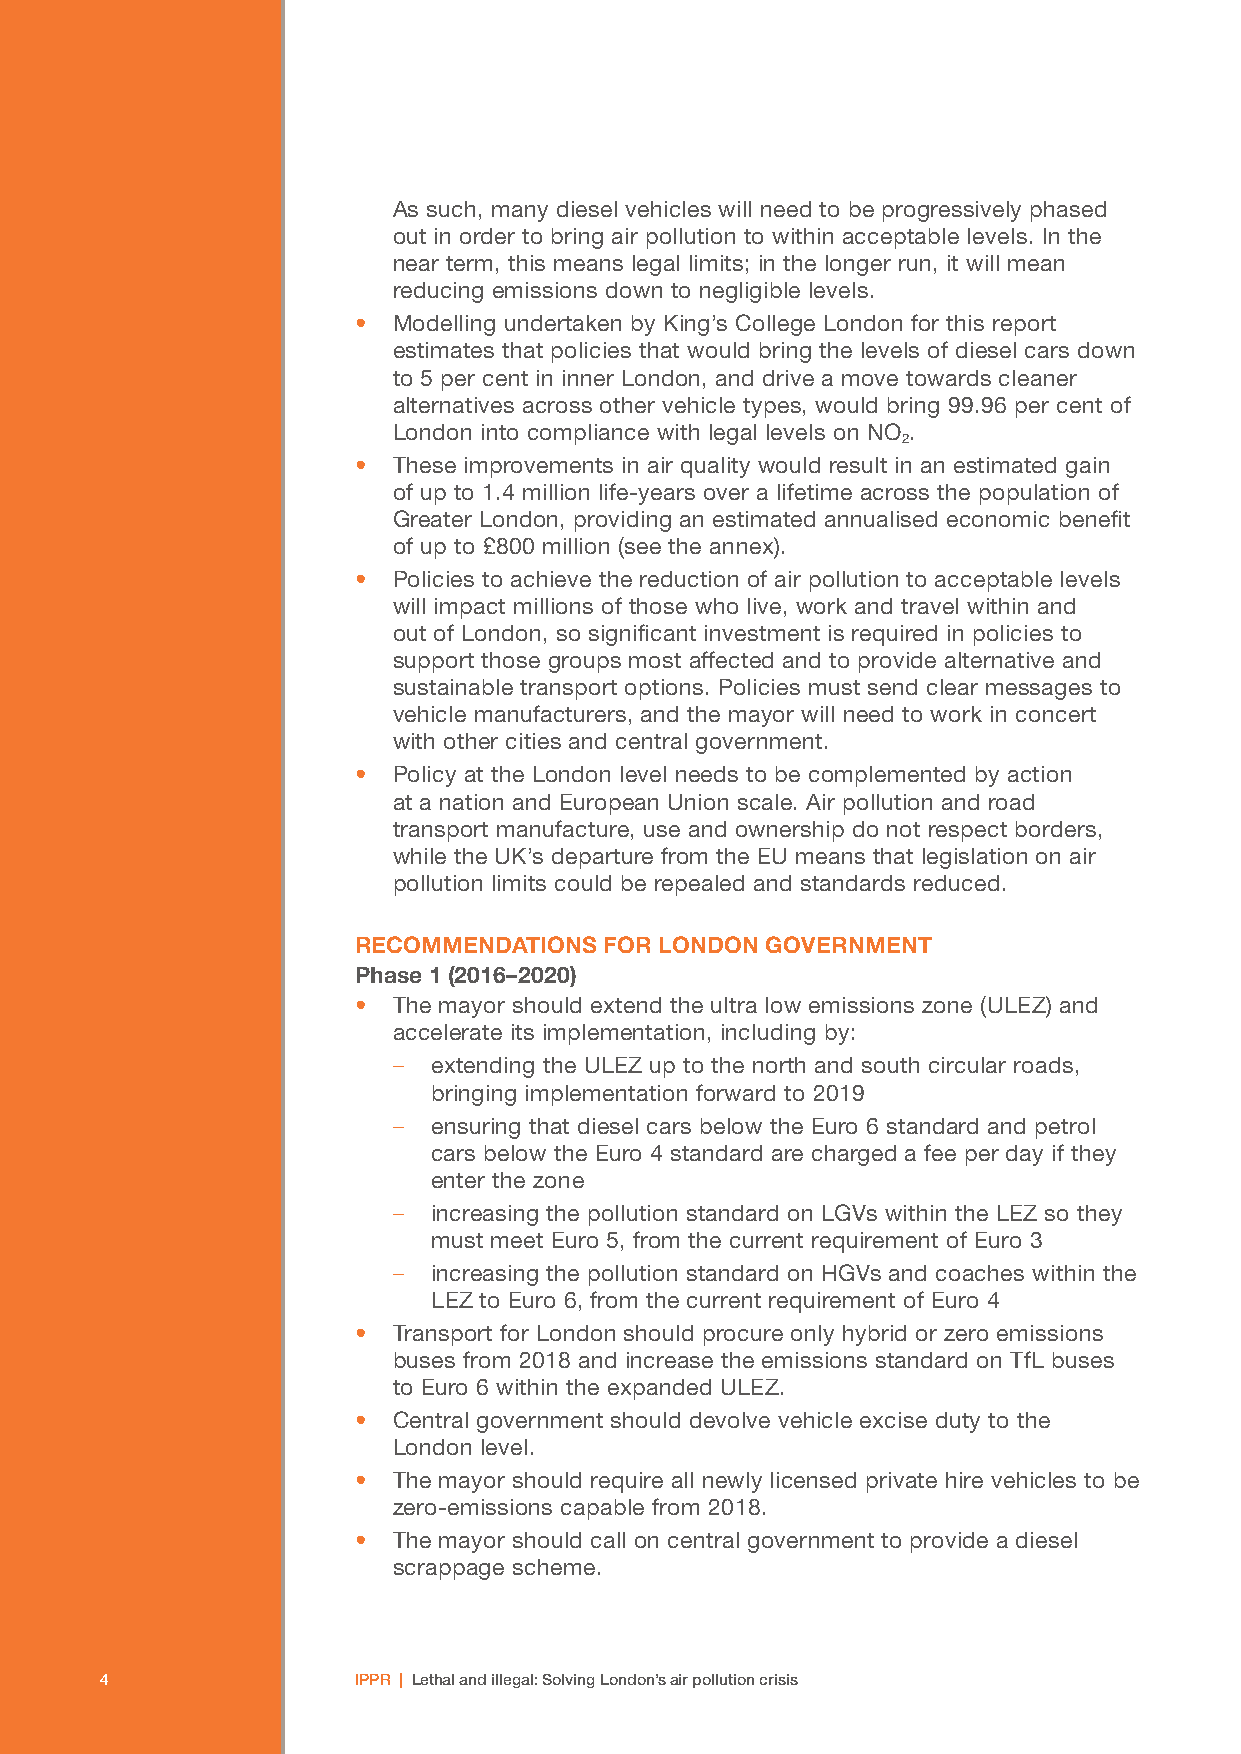
As such, many diesel vehicles will need to be progressively phased
 out in order to bring air pollution to within acceptable levels. In the
 near term, this means legal limits; in the longer run, it will mean
 reducing emissions down to negligible levels.
 •  Modelling undertaken by King’s College London for this report
 estimates that policies that would bring the levels of diesel cars down
 to 5 per cent in inner London, and drive a move towards cleaner
 alternatives across other vehicle types, would bring 99.96 per cent of
 London into compliance with legal levels on NO .
 2
 •  These improvements in air quality would result in an estimated gain
 of up to 1.4 million life-years over a lifetime across the population of
 Greater London, providing an estimated annualised economic benefit
 of up to £800 million (see the annex).
 •  Policies to achieve the reduction of air pollution to acceptable levels
 will impact millions of those who live, work and travel within and
 out of London, so significant investment is required in policies to
 support those groups most affected and to provide alternative and
 sustainable transport options. Policies must send clear messages to
 vehicle manufacturers, and the mayor will need to work in concert
 with other cities and central government.
 •  Policy at the London level needs to be complemented by action
 at a nation and European Union scale. Air pollution and road
 transport manufacture, use and ownership do not respect borders,
 while the UK’s departure from the EU means that legislation on air
 pollution limits could be repealed and standards reduced.
 RECOMMENDATIONS  FOR LONDON GOVERNMENT
 Phase 1 (2016–2020)
 •  The mayor should extend the ultra low emissions zone (ULEZ) and
 accelerate its implementation, including by:
 –  extending the ULEZ up to the north and south circular roads,
 bringing implementation forward to 2019
 –  ensuring that diesel cars below the Euro 6 standard and petrol
 cars below the Euro 4 standard are charged a fee per day if they
 enter the zone
 –  increasing the pollution standard on LGVs within the LEZ so they
 must meet Euro 5, from the current requirement of Euro 3
 –  increasing the pollution standard on HGVs and coaches within the
 LEZ to Euro 6, from the current requirement of Euro 4
 •  Transport for London should procure only hybrid or zero emissions
 buses from 2018 and increase the emissions standard on TfL buses
 to Euro 6 within the expanded ULEZ.
 •  Central government should devolve vehicle excise duty to the
 London level.
 •  The mayor should require all newly licensed private hire vehicles to be
 zero-emissions capable from 2018.
 •  The mayor should call on central government to provide a diesel
 scrappage scheme.
 44              IPPR | Lethal and illegal: Solving London’s air pollution crisis